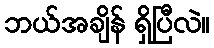
ဘယ်အချိန် ရှိပြီလဲ။